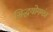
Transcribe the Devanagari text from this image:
सिद्धयोगमंत्र